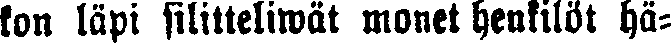
kon läpi silitteliwät monet henkilöt hä-